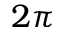
2 \pi